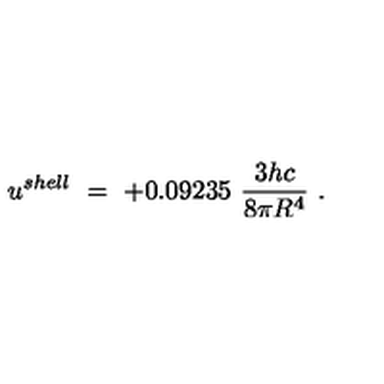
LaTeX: u ^ { s h e l l } \ = \ + 0 . 0 9 2 3 5 \ \frac { 3 h c } { 8 \pi R ^ { 4 } } \ .